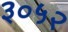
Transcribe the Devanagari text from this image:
३०५२